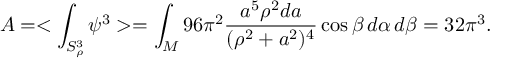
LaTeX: { \cal A } = < \int _ { S _ { \rho } ^ { 3 } } \psi ^ { 3 } > = \int _ { \cal M } 9 6 \pi ^ { 2 } { \frac { a ^ { 5 } \rho ^ { 2 } d a } { ( \rho ^ { 2 } + a ^ { 2 } ) ^ { 4 } } } \cos \beta \, d \alpha \, d \beta = 3 2 \pi ^ { 3 } .